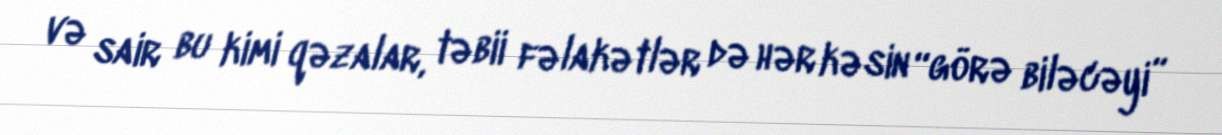
və sair bu kimi qəzalar, təbii fəlakətlər də hər kəsin “görə biləcəyi”